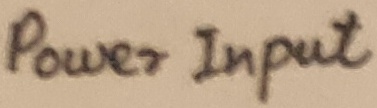
Text: Power Input